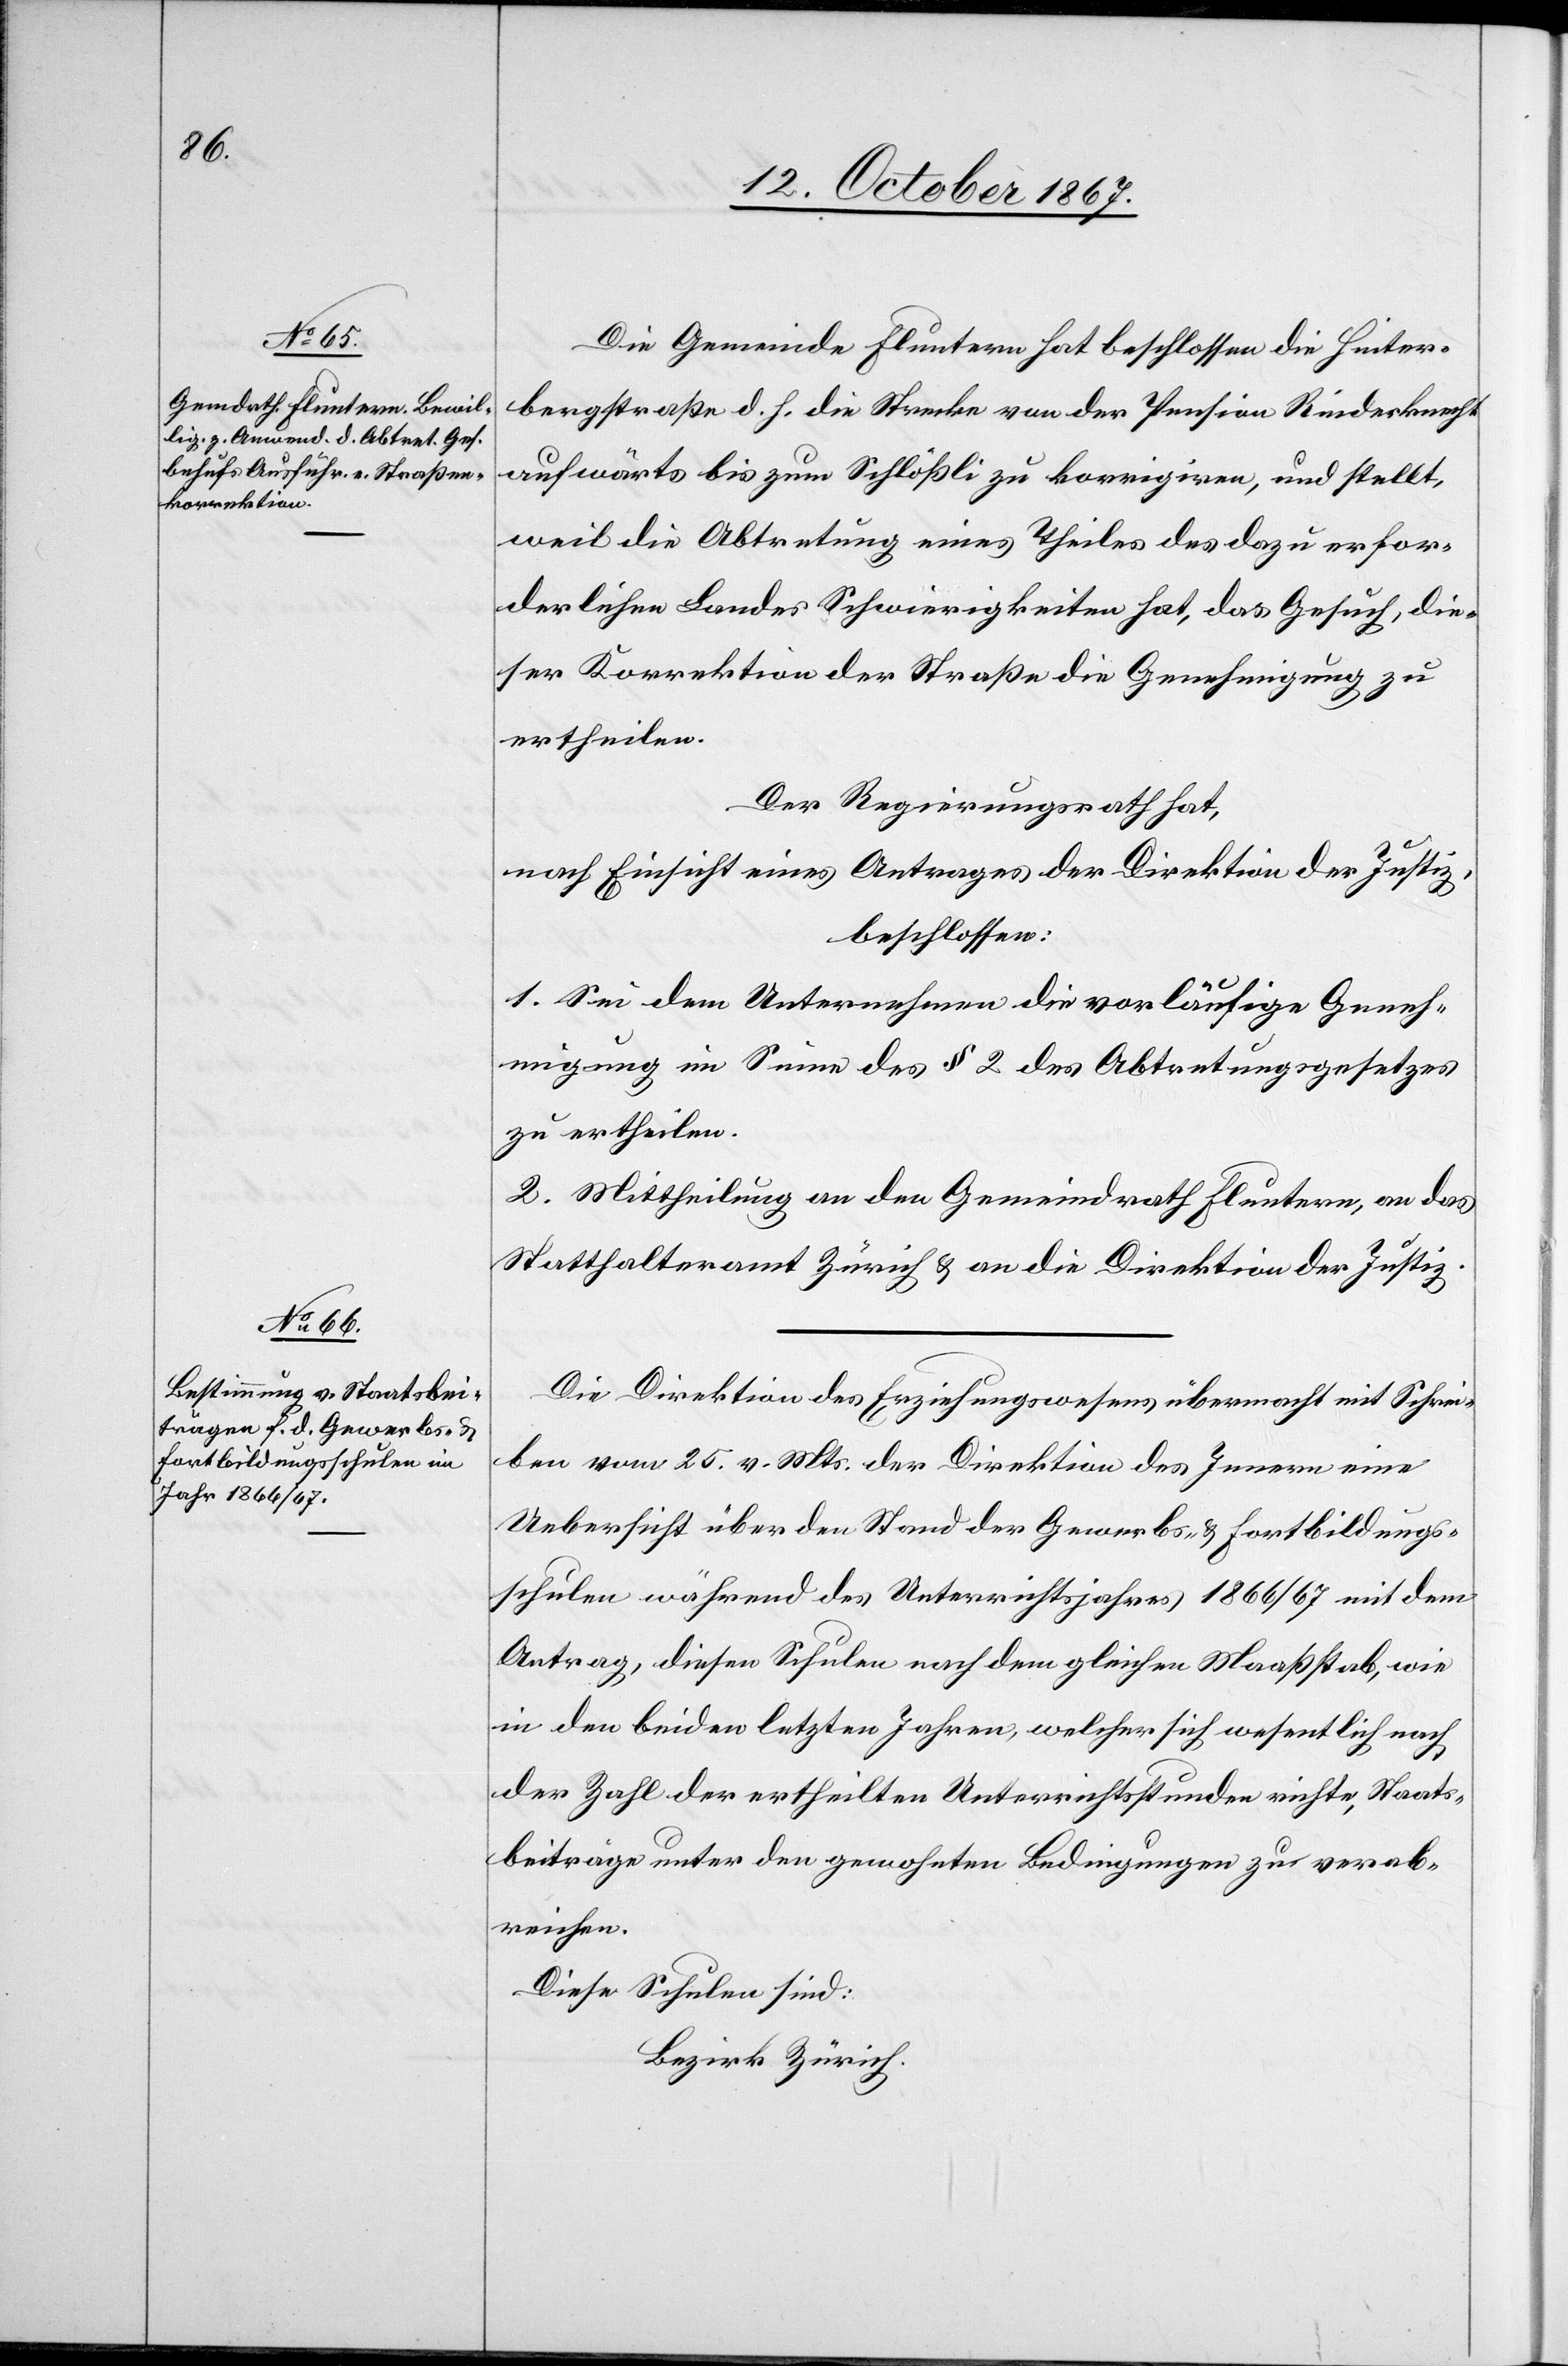
Die Gemeinde Fluntern hat beschlossen, die Hinter¬
bergstraße d. h. die Strecke von der Pension Rinderknecht
aufwärts bis zum Schlößli zu korrigiren, und stellt,
weil die Abtretung eines Theiles des dazu erfor¬
derlichen Landes Schwierigkeiten hat, das Gesuch, die¬
ser Korrektion der Straße die Genehmigung zu
ertheilen.
Der Regierungsrath hat,
nach Einsicht eines Antrages der Direktion der Justiz,
beschlossen:
1. Sei dem Unternehmen die vorläufige Geneh¬
migung im Sinne des § 2 des Abtretungsgesetzes
zu ertheilen.
2. Mittheilung an den Gemeindrath Fluntern, an das
Statthalteramt Zürich u. an die Direktion der Justiz.
Die Direktion des Erziehungswesens übermacht mit Schrei¬
ben vom 25. v. Mts. der Direktion des Innern eine
Uebersicht über den Stand der Gewerbs- u. Fortbildungs¬
schulen während des Unterrichtsjahres 1866/67 mit dem
Antrag, diesen Schulen nach dem gleichen Maßstab, wie
in den beiden letzten Jahren, welcher sich wesentlich nach
der Zahl der ertheilten Unterrichtsstunden richte, Staats¬
beiträge unter den gewohnten Bedingungen zu verab¬
reichen.
Diese Schulen sind:
Bezirk Zürich: